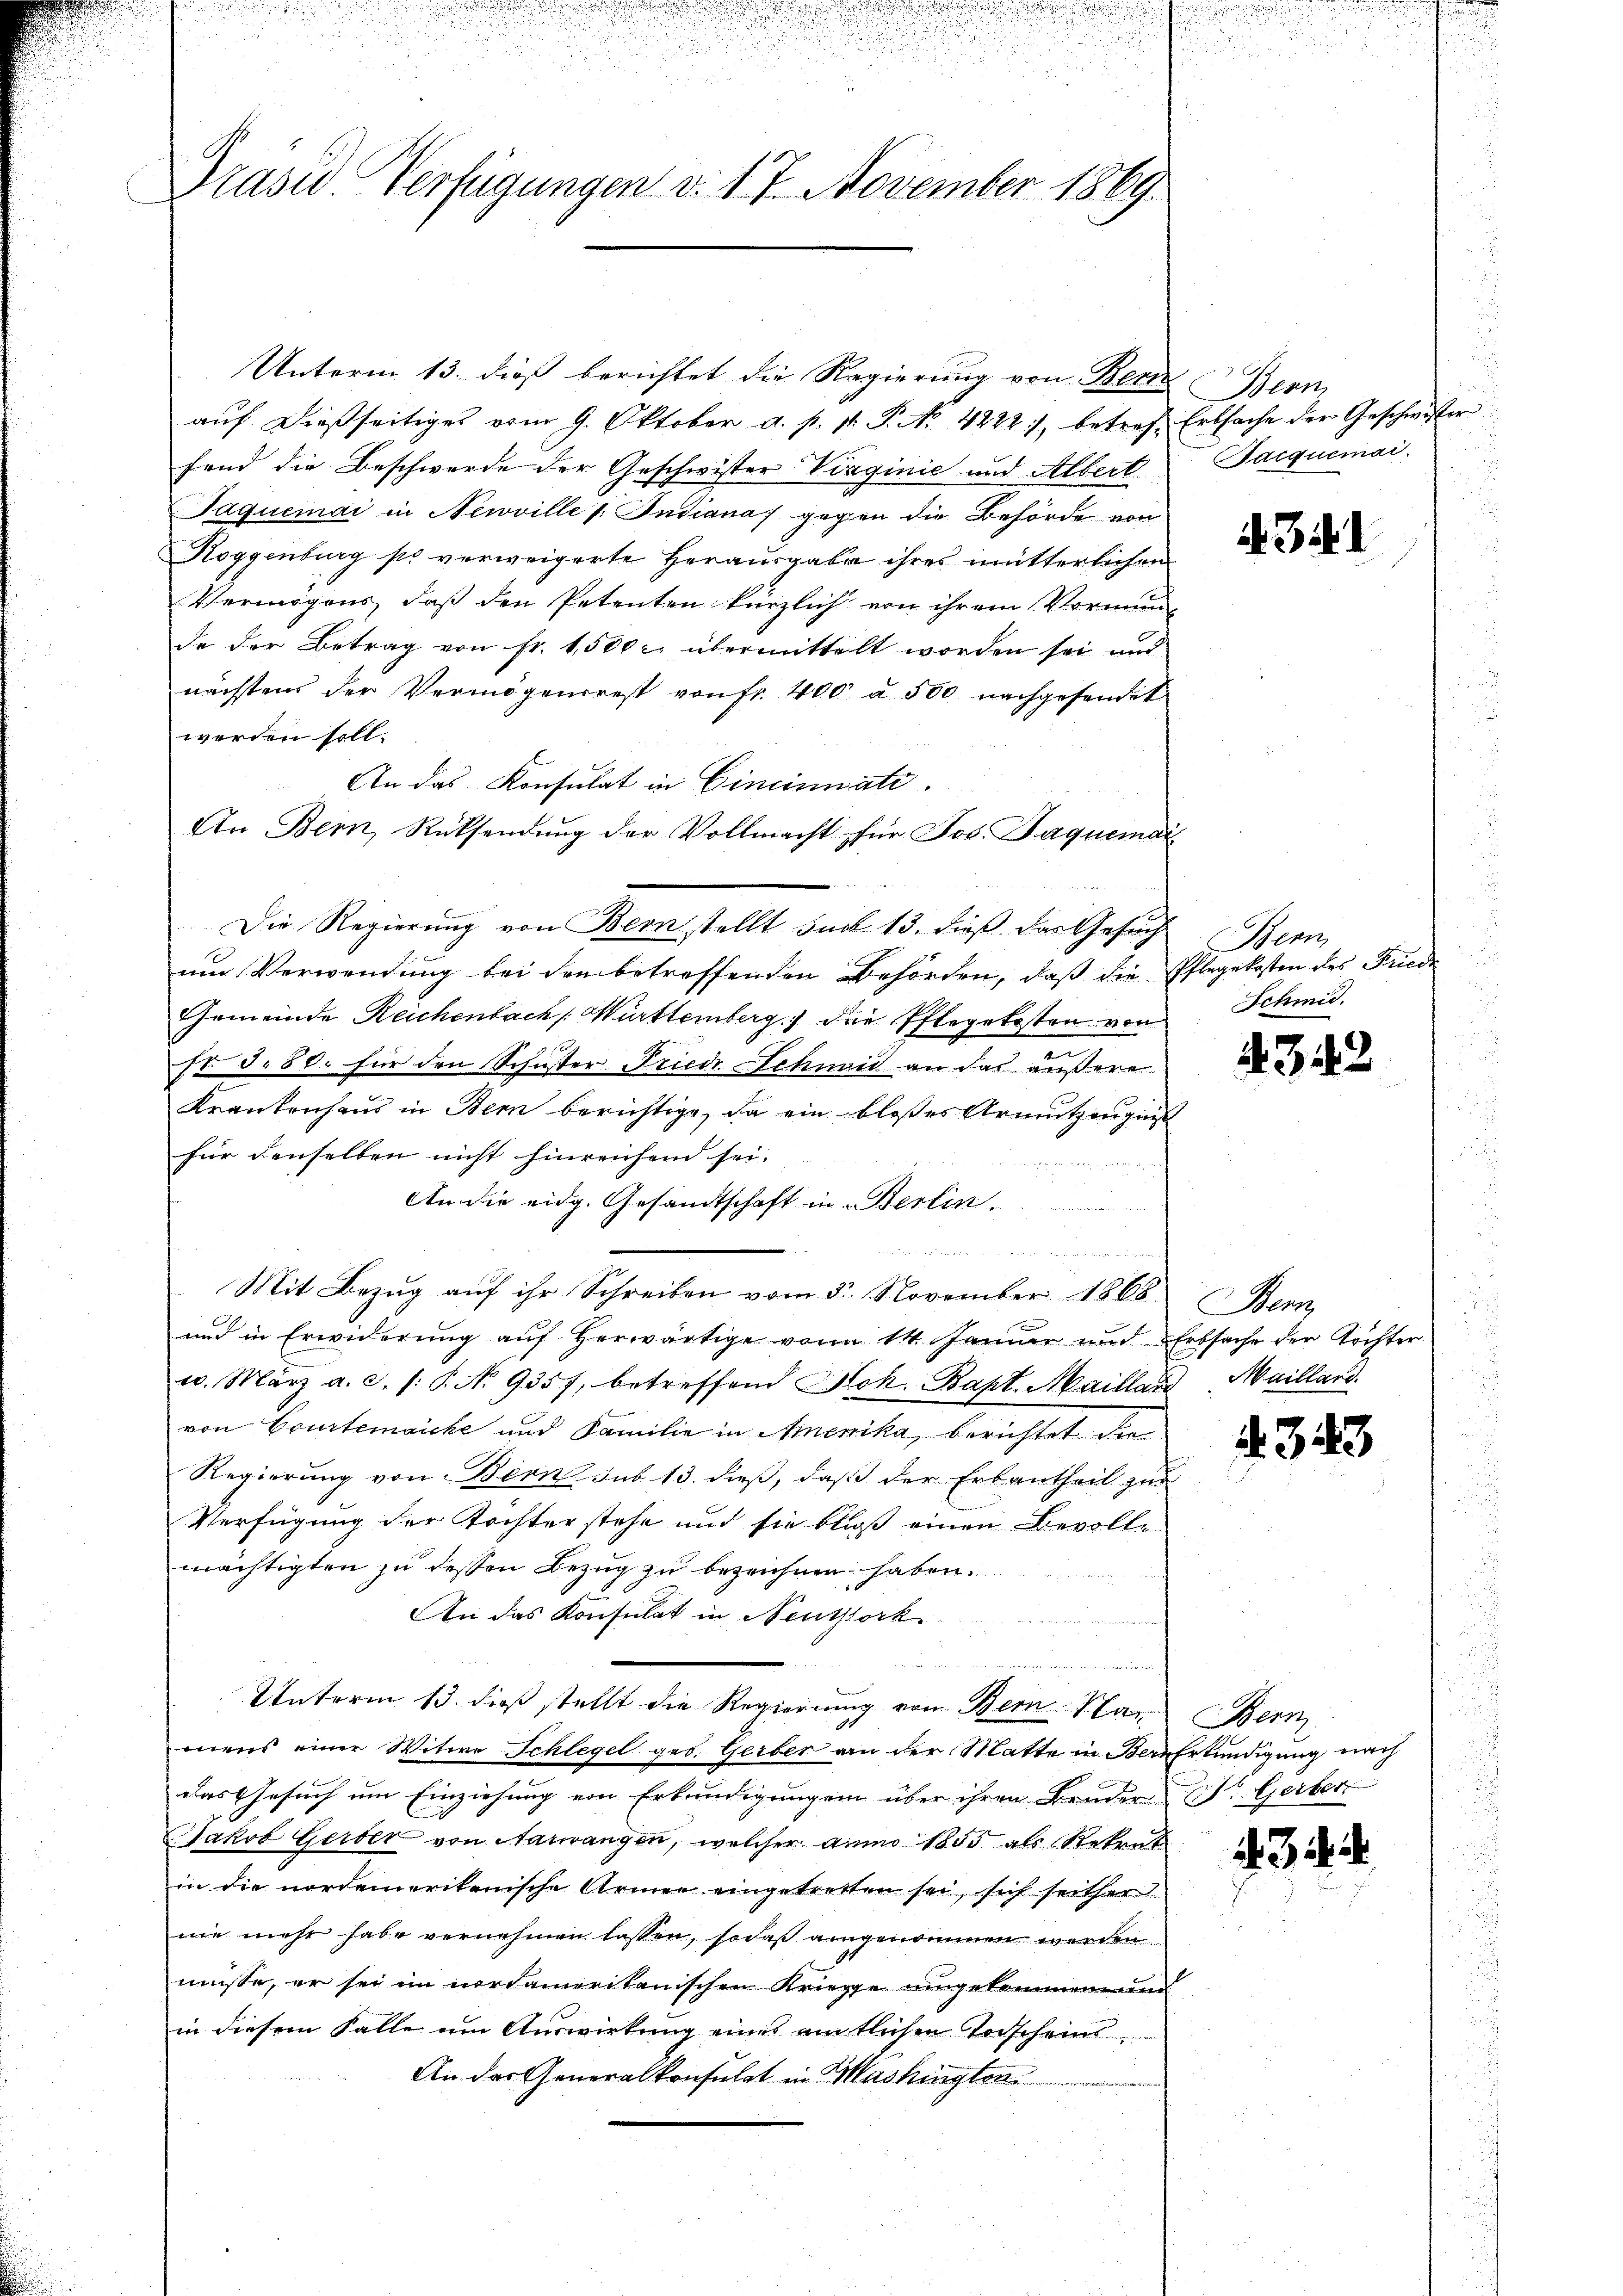
Prasie Verfügungen v. 17. November 1869.

Unterm 13. dieß berichtet die Regierung von Benz Bern,
auf dießseitiges vom 9. Oktober a. p. p. P. N. 4222), betref. Erbsache der Geschwister
fend die Beschwerde der Geschwister Virginie und Albert
Jaquemai in Newville /: Indiana gegen die Behörde von
Roggenburg so verweigerte Herausgabe ihres mütterlichen
Vermögens, daß den Petenten kürzlich von ihrem Vormund-
de der Betrag von fr. 1500 r. übermittelt worden sei und
nächstens der Vermögensrest von fr. 400 à 500 nachgesendet
werden soll.
An das Konsulat in Cincinnate.
An Bern, Rücksendung der Vollmacht für Jos. Jaquemai
Die Regierung von Bern stellt sub 13. dieß das Gesuch
um Verwendung bei den betreffenden Behörden, daß die Pflegekosten des Friede
Gemeinde Reichenbach Württemberg die Pflegekosten von
Nr S. 80. für den Schuster Friedr Schneid an das äußere
Krankenhaus in Bern berichtige, da ein bloßes Armutzengut
für denselben nicht hinreichen sei.
An die eidg. Gesandtschaft in Berlin.
u
 Brief von in Bernennen
Mit Bezug auf ihr Schreiben vom 3. November 1868
und in Erwiderung auf herwärtige von 14. Januar und Erbsache der Töchter
u. März a.c. (: P. Nr. 9357, betreffend Joh. Bapt. Maillard Maillard.
von Courtenaiche und Familie in Amerika, berichtet die
Regierung von Bern sub 13. dieß, daß der Erbantheil zur
Verfügung der Tochterstehe und sie bloß einen Bevolle
mächtigten zu dessen Bezug zu bezeichnen haben.
An das Konsulat in Neuttork
Unterm 13. dieß stellt die Regierung von Bern Man Bern
mens einer Witwe Schlegel geb. Gerber an der Matte in Bern Erkundigung nach
das Gesuch um Einziehung von Erkundigungen über ihren Bruder Dr. Gerber
Jakob Gerber von Sarrangen, welcher anno 1805 als Rekrut
in die nordamerikanische Armen eingetretten sei, sich seither
nie mehr habe vernehmen lassen, sodaß angenommen werden
müsse, er sei im nordameritanischen Kriege umgekommen und
in diesem Falle um Auswirkung eines amtlichen Torscheins¬
An das Generalkonsulat in Mashingten.

Pacquemai

A Zif. 1

enn
Schmid.

342

Bern,

4. 343

3.